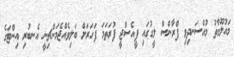
މައުލޫމާތު މުއްސަނދިވި ފްރާންސް ލީގުގައި ޕީއެސްޖީ ފުރަތަމަ ފަހަރަށް ބަލިވެއްޖެމަންޗިނީ އެނބުރި އިންޓަގެ